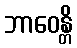
ဘာဝေန္တိ